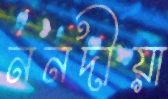
ননদীয়া